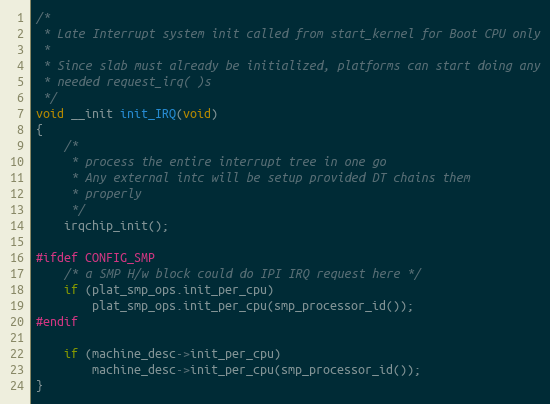
Language: C
/*
 * Late Interrupt system init called from start_kernel for Boot CPU only
 *
 * Since slab must already be initialized, platforms can start doing any
 * needed request_irq( )s
 */
void __init init_IRQ(void)
{
	/*
	 * process the entire interrupt tree in one go
	 * Any external intc will be setup provided DT chains them
	 * properly
	 */
	irqchip_init();

#ifdef CONFIG_SMP
	/* a SMP H/w block could do IPI IRQ request here */
	if (plat_smp_ops.init_per_cpu)
		plat_smp_ops.init_per_cpu(smp_processor_id());
#endif

	if (machine_desc->init_per_cpu)
		machine_desc->init_per_cpu(smp_processor_id());
}